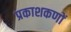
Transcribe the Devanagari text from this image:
प्रकाशकणों